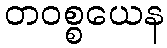
တဝစ္စယေန